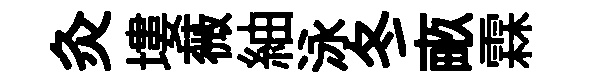
灸塿薇紬泳冬畞霖